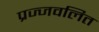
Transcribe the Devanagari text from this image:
प्रज्‍जवलित